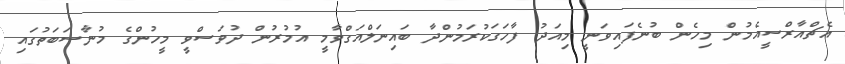
އެޗްއާރްސީއެމުން މިހެން ބުނެފައިވަނީ މިއަދު ފާހަގަކުރަމުންދާ ބައިނަލްއަގްވާމީ އުމުރުން ދުވަސްވީ މީހުންގެ މުނާސަބަތުގައި